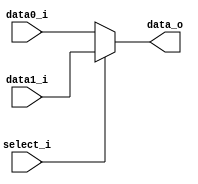
module MUX8
(
    data0_i, data1_i,
    select_i,
    data_o
);

/* Ports */
input       [7:0]   data0_i, data1_i;
input               select_i;
output  reg [7:0]   data_o;

/* Multiplexer */
always @(*) begin
    if (select_i == 1'b1)
        data_o <= data1_i;
    else
        data_o <= data0_i;
end

endmodule